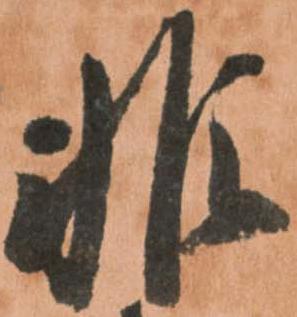
非